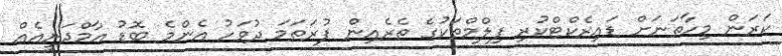
ކަރަން މިހާތަނަށް ޑައިރެކްޓްކުރި ފިލްމްތަކުގެ ތެރެއިން ފުރަތަމަ ދުވަހު އެންމެ ބޮޑު އާމްދަނީއެއް